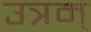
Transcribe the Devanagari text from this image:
उत्रम्